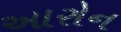
આરોન